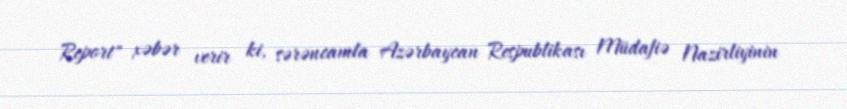
Report" xəbər verir ki, sərəncamla Azərbaycan Respublikası Müdafiə Nazirliyinin